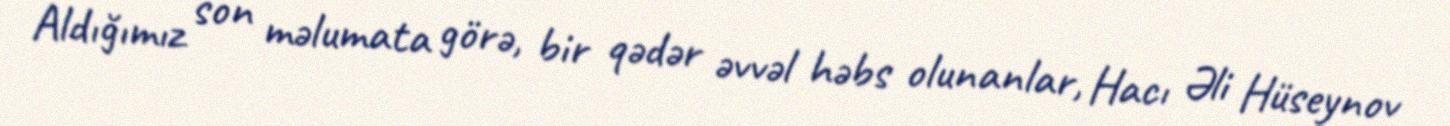
Aldığımız son məlumata görə, bir qədər əvvəl həbs olunanlar, Hacı Əli Hüseynov